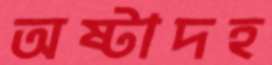
অষ্টাদহ